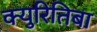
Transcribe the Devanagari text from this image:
क्युरितिबा